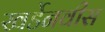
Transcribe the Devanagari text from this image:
खर्डेनवीस